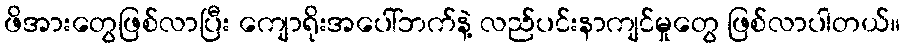
ဖိအားတွေဖြစ်လာပြီး ကျောရိုးအပေါ်ဘက်နဲ့ လည်ပင်းနာကျင်မှုတွေ ဖြစ်လာပါတယ်။